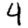
Digit: 4